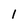
Character: 1